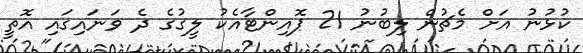
ކުޅުނު އަށް މެޗުން ލިބުނު 21 ޕޮއިންޓާއެކު ލީގުގެ ދެ ވަނައިގައި އޮތީ